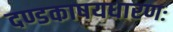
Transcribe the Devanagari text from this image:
दण्डकाषयधारणः